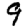
Digit: 9